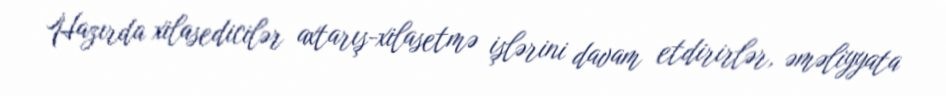
Hazırda xilasedicilər axtarış-xilasetmə işlərini davam etdirirlər, əməliyyata